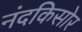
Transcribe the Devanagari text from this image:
नंदकिसोर